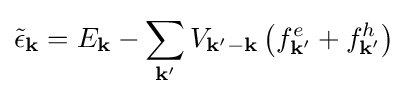
{\tilde {\epsilon }}_{\mathbf {k} }=E_{\mathbf {k} }-\sum _{\mathbf {k} '}V_{{\mathbf {k} }'-{\mathbf {k} }}\left(f_{\mathbf {k} '}^{e}+f_{\mathbf {k} '}^{h}\right)